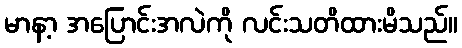
မာနာ့ အပြောင်းအလဲကို လင်းသတိထားမိသည်။